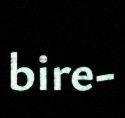
bire-